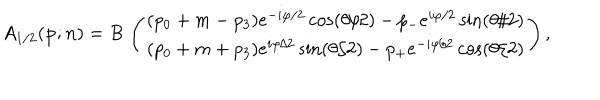
A _ { 1 / 2 } ( { \bf p } ; { \bf n } ) = B \, \left( \begin{array} { c c c } { { ( p _ { 0 } + m - p _ { 3 } ) e ^ { - i \varphi / 2 } \cos ( { \theta } / 2 ) - p _ { - } e ^ { i \varphi / 2 } \sin ( { \theta } / 2 ) } } \\ { { ( p _ { 0 } + m + p _ { 3 } ) e ^ { i \varphi / 2 } \sin ( { \theta } / 2 ) - p _ { + } e ^ { - i \varphi / 2 } \cos ( { \theta } / 2 ) } } \\ \end{array} \right) ,